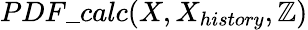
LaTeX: PDF\_ calc(X,X_{history},\mathbb{Z})